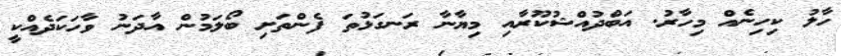
ހާލު ކިހިނެއް މިހާރު. އަބްދުއްޝުކޫރާއި މިޔާނާ ރަނގަޅުތަ ފެންތަށި ބޯލަމުން އާދަނު ވާހަކަދެއްކީ